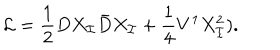
LaTeX: { \cal L } = \frac { { 1 } } { 2 } D X _ { \cal I } \bar { D } X _ { \cal I } + \frac { 1 } { 4 } V ^ { 1 } X _ { \cal I } ^ { 2 } ) .